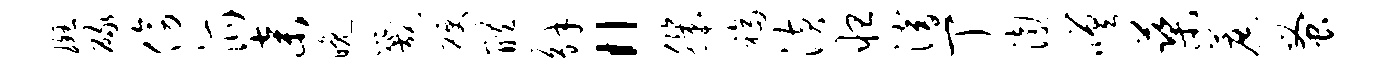
斑碌傍派弃晚咒硬醴解“肌福潢怛潜丁渤嗟蕖蔗蚤